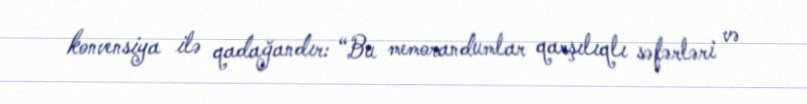
konvensiya ilə qadağandır: “Bu memorandumlar qarşılıqlı səfərləri və